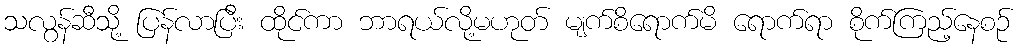
သလွန်ဆီသို့ ပြန်လာပြီး ထိုင်ကာ ဘာရယ်လို့မဟုတ် မျက်စိရောက်မိ ရောက်ရာ စိုက်ကြည့်နေစဉ်